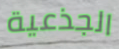
الجذعية